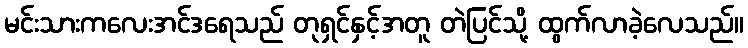
မင်းသားကလေးအင်ဒရေသည် တုရှင်နှင့်အတူ တဲပြင်သို့ ထွက်လာခဲ့လေသည်။